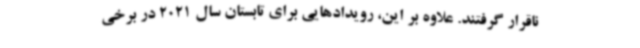
ناقرار گرفتند. علاوه بر این، رویدادهایی برای تابستان سال 2021 در برخی